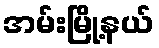
အမ်းမြို့နယ်